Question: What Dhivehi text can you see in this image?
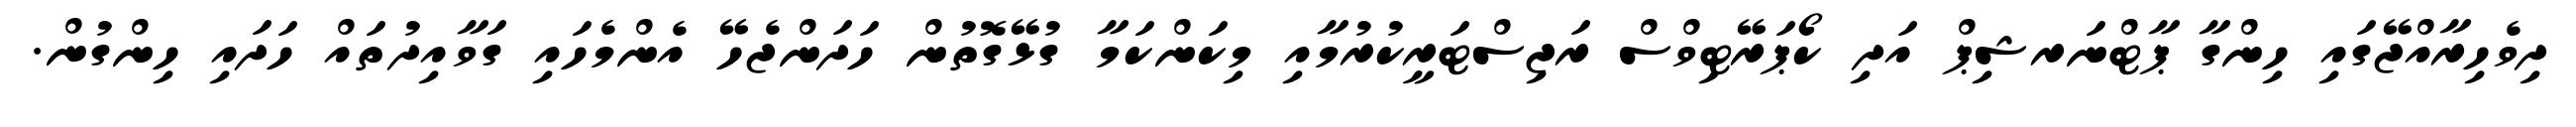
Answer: ދިވެހިރާއްޖޭގައި ހިންގާ ޕާޓްނަރޝިޕް އަދި ކޯޕަރޭޓިވްސް ރަޖިސްޓަރީކުރުމާއި މިކަންކަމާ ގުޅޭގޮތުން ހަދަންޖެހޭ އެންމެހައި ގަވާއިދުތައް ހަދައި ހިންގުން.